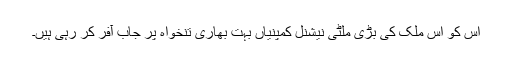
اس کو اس ملک کی بڑی ملٹی نیشنل کمپنیاں بہت بھاری تنخواہ پر جاب آفر کر رہی ہیں۔